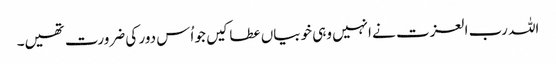
اللہ رب العزت نے انہیں وہی خوبیاں عطا کیں جو اُس دور کی ضرورت تھیں۔